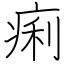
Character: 痢